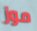
موز